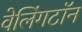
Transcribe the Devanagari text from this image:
वेलिंगटॉन